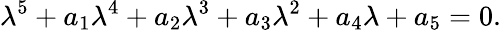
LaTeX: \lambda^{5}+a_{1}\lambda^{4}+a_{2}\lambda^{3}+a_{3}\lambda^{2}+a_{4}\lambda+a_{5}=0.